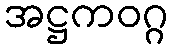
အဋ္ဌကဝဂ္ဂ